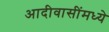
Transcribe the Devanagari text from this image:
आदीवासींमध्ये